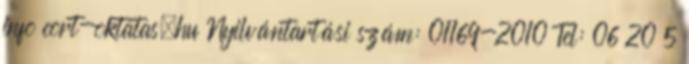
info cort-oktatas.hu Nyilvántartási szám: 01169-2010 Tel: 06 20 5